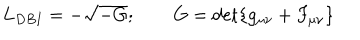
L _ { D B I } = - \sqrt { - G } ; \qquad G = \det \{ g _ { \mu \nu } + F _ { \mu \nu } \}